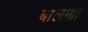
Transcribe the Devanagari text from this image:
बालमा।